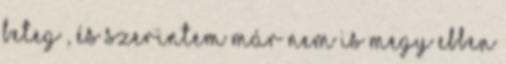
beteg , és szerintem már nem is megy ebben